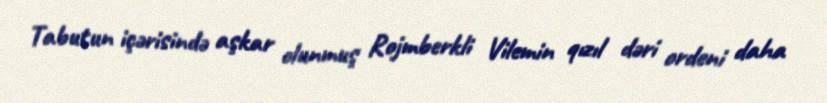
Tabutun içərisində aşkar olunmuş Rojmberkli Vilemin qızıl dəri ordeni daha